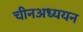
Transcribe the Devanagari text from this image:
चीनअध्ययन